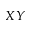
X Y